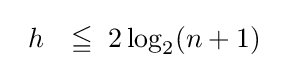
{\begin{array}{ll}h&\leqq \;2\log _{2}(n+1)\end{array}}